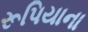
રૂપિયાના